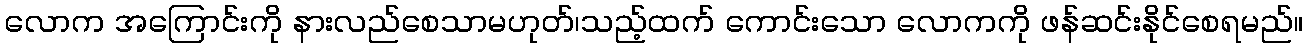
လောက အကြောင်းကို နားလည်စေသာမဟုတ်၊သည့်ထက် ကောင်းသော လောကကို ဖန်ဆင်းနိုင်စေရမည်။